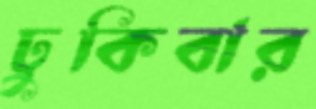
ঢুকিবার